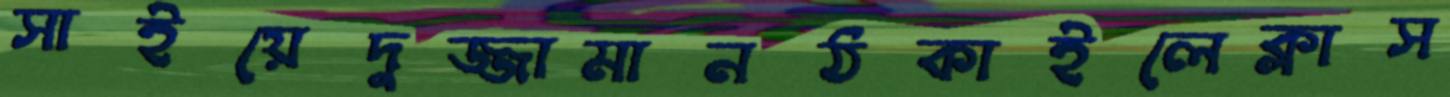
সাইয়েদুজ্জামানঠকাইলেক্লাস